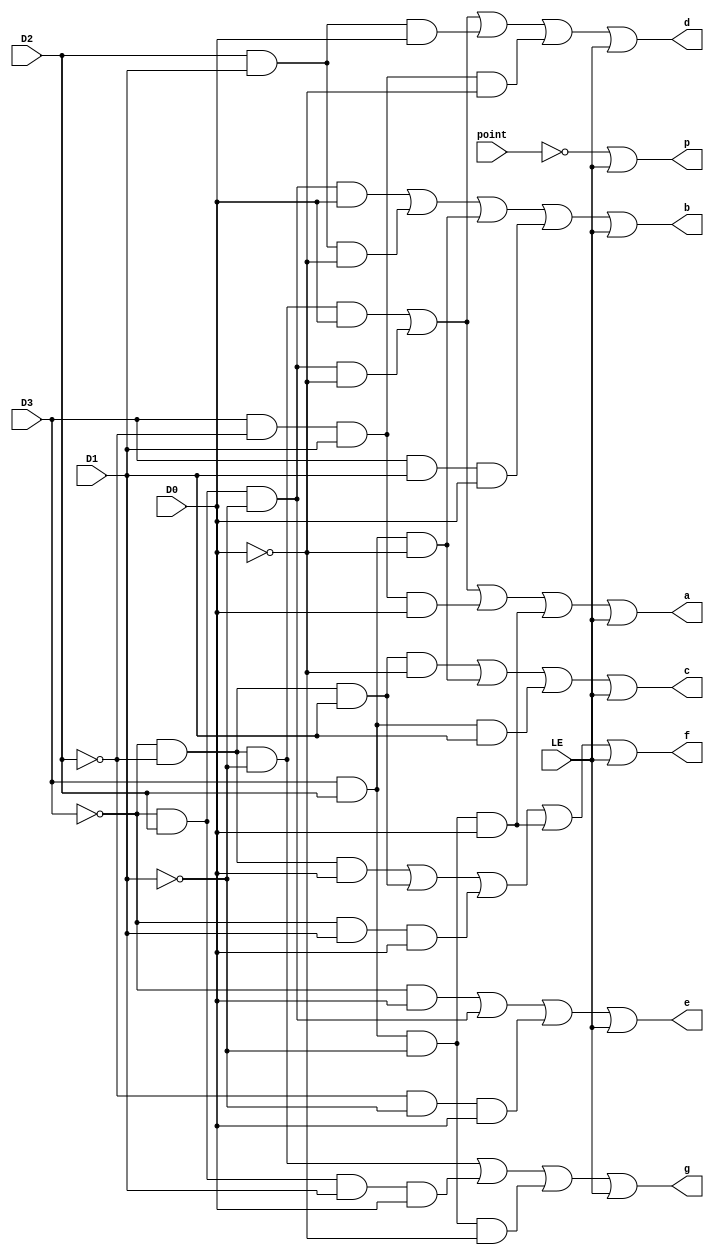

module MyMC14495(
  input D0, D1, D2, D3,
  input LE,
  input point,
  output reg p,
  output reg a, b, c, d, e, f, g
);
    
always @(*) begin
    a<=(~D3&~D2&~D1&D0)|(~D3&D2&~D1&~D0)|(D3&~D2&D1&D0)|(D3&D2&~D1&D0)|LE;
    b<=(~D3&D2&~D1&D0)|(D2&D1&~D0)|(D3&D2&~D0)|(D3&D1&D0)|LE;
    c<=(~D3&~D2&D1&~D0)|(D3&D2&~D0)|(D3&D2&D1)|LE;
    d<=(~D3&~D2&~D1&D0)|(~D3&D2&~D1&~D0)|(D2&D1&D0)|(D3&~D2&D1&~D0)|LE;
    e<=(~D3&D0)|(~D3&D2&~D1)|(~D2&~D1&D0)|LE;
    f<=(~D3&~D2&D0)|(~D3&~D2&D1)|(~D3&D1&D0)|(D3&D2&~D1&D0)|LE;
    g<=(~D3&~D2&~D1)|(~D3&D2&D1&D0)|(D3&D2&~D1&~D0)|LE;
    p<=~point|LE;
end
    
endmodule